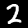
Label: 2